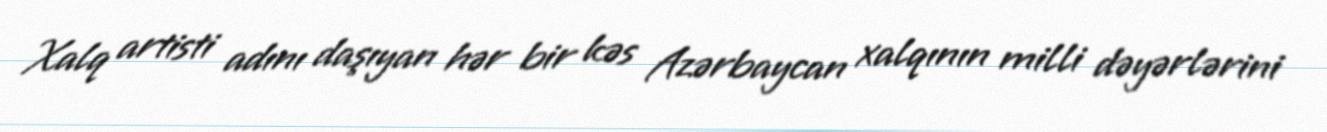
Xalq artisti adını daşıyan hər bir kəs Azərbaycan xalqının milli dəyərlərini